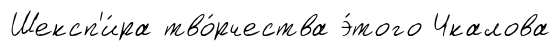
Шексп'и́ра тво́рчества э́того Чкалова